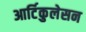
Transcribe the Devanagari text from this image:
आर्टिकुलेसन